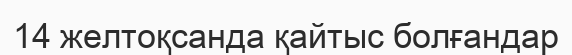
14 желтоқсанда қайтыс болғандар